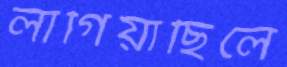
লাগিয়াছিলে